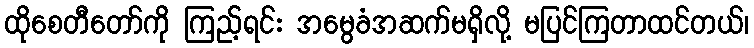
ထိုစေတီတော်ကို ကြည့်ရင်း အမွေခံအဆက်မရှိလို့ မပြင်ကြတာထင်တယ်၊